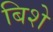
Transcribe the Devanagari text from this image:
बिशे